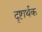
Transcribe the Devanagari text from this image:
दृष्टार्थक